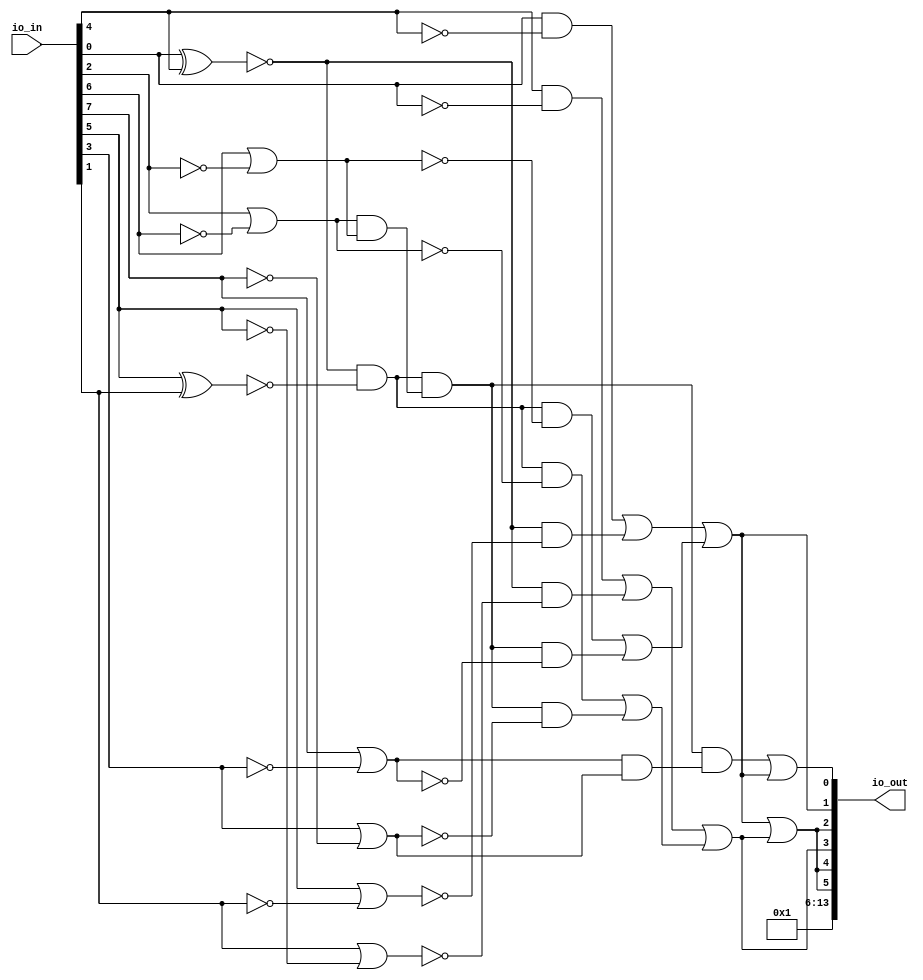
/* Generated by Yosys 0.25+83 (git sha1 755b753e1, aarch64-apple-darwin20.2-clang 10.0.0-4ubuntu1 -fPIC -Os) */

/* top =  1  */
/* src = "d35_ckasuba_comparator/src/wrapper.v:2.9-12.18" */
module d35_ckasuba_comparator(io_in, io_out);
  wire _00_;
  wire _01_;
  wire _02_;
  wire _03_;
  wire _04_;
  wire _05_;
  wire _06_;
  wire _07_;
  wire _08_;
  wire _09_;
  wire _10_;
  wire _11_;
  wire _12_;
  wire _13_;
  wire _14_;
  wire _15_;
  wire _16_;
  wire _17_;
  wire _18_;
  wire _19_;
  wire _20_;
  wire _21_;
  wire _22_;
  wire _23_;
  wire _24_;
  /* src = "d35_ckasuba_comparator/src/wrapper.v:3.26-3.31" */
  input [13:0] io_in;
  wire [13:0] io_in;
  /* src = "d35_ckasuba_comparator/src/wrapper.v:4.27-4.33" */
  output [13:0] io_out;
  wire [13:0] io_out;
  /* hdlname = "mchip and1 b" */
  /* src = "d35_ckasuba_comparator/src/wrapper.v:7.44-10.14|d35_ckasuba_comparator/src/cells.v:18.16-18.17|d35_ckasuba_comparator/src/wokwi.v:78.12-82.4" */
  wire \mchip.and1.b ;
  /* hdlname = "mchip and2 a" */
  /* src = "d35_ckasuba_comparator/src/wrapper.v:7.44-10.14|d35_ckasuba_comparator/src/cells.v:17.16-17.17|d35_ckasuba_comparator/src/wokwi.v:83.12-87.4" */
  wire \mchip.and2.a ;
  /* hdlname = "mchip and3 b" */
  /* src = "d35_ckasuba_comparator/src/wrapper.v:7.44-10.14|d35_ckasuba_comparator/src/cells.v:18.16-18.17|d35_ckasuba_comparator/src/wokwi.v:105.12-109.4" */
  wire \mchip.and3.b ;
  /* hdlname = "mchip and4 a" */
  /* src = "d35_ckasuba_comparator/src/wrapper.v:7.44-10.14|d35_ckasuba_comparator/src/cells.v:17.16-17.17|d35_ckasuba_comparator/src/wokwi.v:110.12-114.4" */
  wire \mchip.and4.a ;
  /* hdlname = "mchip and5 b" */
  /* src = "d35_ckasuba_comparator/src/wrapper.v:7.44-10.14|d35_ckasuba_comparator/src/cells.v:18.16-18.17|d35_ckasuba_comparator/src/wokwi.v:132.12-136.4" */
  wire \mchip.and5.b ;
  /* hdlname = "mchip and6 a" */
  /* src = "d35_ckasuba_comparator/src/wrapper.v:7.44-10.14|d35_ckasuba_comparator/src/cells.v:17.16-17.17|d35_ckasuba_comparator/src/wokwi.v:137.12-141.4" */
  wire \mchip.and6.a ;
  /* hdlname = "mchip and7 b" */
  /* src = "d35_ckasuba_comparator/src/wrapper.v:7.44-10.14|d35_ckasuba_comparator/src/cells.v:18.16-18.17|d35_ckasuba_comparator/src/wokwi.v:159.12-163.4" */
  wire \mchip.and7.b ;
  /* hdlname = "mchip and8 a" */
  /* src = "d35_ckasuba_comparator/src/wrapper.v:7.44-10.14|d35_ckasuba_comparator/src/cells.v:17.16-17.17|d35_ckasuba_comparator/src/wokwi.v:164.12-168.4" */
  wire \mchip.and8.a ;
  /* hdlname = "mchip io_in" */
  /* src = "d35_ckasuba_comparator/src/wrapper.v:7.44-10.14|d35_ckasuba_comparator/src/wokwi.v:6.15-6.20" */
  wire [7:0] \mchip.io_in ;
  /* hdlname = "mchip io_out" */
  /* src = "d35_ckasuba_comparator/src/wrapper.v:7.44-10.14|d35_ckasuba_comparator/src/wokwi.v:7.16-7.22" */
  wire [7:0] \mchip.io_out ;
  /* hdlname = "mchip net1" */
  /* src = "d35_ckasuba_comparator/src/wrapper.v:7.44-10.14|d35_ckasuba_comparator/src/wokwi.v:9.8-9.12" */
  wire \mchip.net1 ;
  /* hdlname = "mchip net10" */
  /* src = "d35_ckasuba_comparator/src/wrapper.v:7.44-10.14|d35_ckasuba_comparator/src/wokwi.v:18.8-18.13" */
  wire \mchip.net10 ;
  /* hdlname = "mchip net11" */
  /* src = "d35_ckasuba_comparator/src/wrapper.v:7.44-10.14|d35_ckasuba_comparator/src/wokwi.v:19.8-19.13" */
  wire \mchip.net11 ;
  /* hdlname = "mchip net12" */
  /* src = "d35_ckasuba_comparator/src/wrapper.v:7.44-10.14|d35_ckasuba_comparator/src/wokwi.v:20.8-20.13" */
  wire \mchip.net12 ;
  /* hdlname = "mchip net13" */
  /* src = "d35_ckasuba_comparator/src/wrapper.v:7.44-10.14|d35_ckasuba_comparator/src/wokwi.v:21.8-21.13" */
  wire \mchip.net13 ;
  /* hdlname = "mchip net14" */
  /* src = "d35_ckasuba_comparator/src/wrapper.v:7.44-10.14|d35_ckasuba_comparator/src/wokwi.v:22.8-22.13" */
  wire \mchip.net14 ;
  /* hdlname = "mchip net15" */
  /* src = "d35_ckasuba_comparator/src/wrapper.v:7.44-10.14|d35_ckasuba_comparator/src/wokwi.v:23.8-23.13" */
  wire \mchip.net15 ;
  /* hdlname = "mchip net2" */
  /* src = "d35_ckasuba_comparator/src/wrapper.v:7.44-10.14|d35_ckasuba_comparator/src/wokwi.v:10.8-10.12" */
  wire \mchip.net2 ;
  /* hdlname = "mchip net3" */
  /* src = "d35_ckasuba_comparator/src/wrapper.v:7.44-10.14|d35_ckasuba_comparator/src/wokwi.v:11.8-11.12" */
  wire \mchip.net3 ;
  /* hdlname = "mchip net4" */
  /* src = "d35_ckasuba_comparator/src/wrapper.v:7.44-10.14|d35_ckasuba_comparator/src/wokwi.v:12.8-12.12" */
  wire \mchip.net4 ;
  /* hdlname = "mchip net5" */
  /* src = "d35_ckasuba_comparator/src/wrapper.v:7.44-10.14|d35_ckasuba_comparator/src/wokwi.v:13.8-13.12" */
  wire \mchip.net5 ;
  /* hdlname = "mchip net6" */
  /* src = "d35_ckasuba_comparator/src/wrapper.v:7.44-10.14|d35_ckasuba_comparator/src/wokwi.v:14.8-14.12" */
  wire \mchip.net6 ;
  /* hdlname = "mchip net7" */
  /* src = "d35_ckasuba_comparator/src/wrapper.v:7.44-10.14|d35_ckasuba_comparator/src/wokwi.v:15.8-15.12" */
  wire \mchip.net7 ;
  /* hdlname = "mchip net8" */
  /* src = "d35_ckasuba_comparator/src/wrapper.v:7.44-10.14|d35_ckasuba_comparator/src/wokwi.v:16.8-16.12" */
  wire \mchip.net8 ;
  /* hdlname = "mchip net9" */
  /* src = "d35_ckasuba_comparator/src/wrapper.v:7.44-10.14|d35_ckasuba_comparator/src/wokwi.v:17.8-17.12" */
  wire \mchip.net9 ;
  /* hdlname = "mchip not1 in" */
  /* src = "d35_ckasuba_comparator/src/wrapper.v:7.44-10.14|d35_ckasuba_comparator/src/cells.v:53.16-53.18|d35_ckasuba_comparator/src/wokwi.v:70.12-73.4" */
  wire \mchip.not1.in ;
  /* hdlname = "mchip not10 in" */
  /* src = "d35_ckasuba_comparator/src/wrapper.v:7.44-10.14|d35_ckasuba_comparator/src/cells.v:53.16-53.18|d35_ckasuba_comparator/src/wokwi.v:151.12-154.4" */
  wire \mchip.not10.in ;
  /* hdlname = "mchip not11 in" */
  /* src = "d35_ckasuba_comparator/src/wrapper.v:7.44-10.14|d35_ckasuba_comparator/src/cells.v:53.16-53.18|d35_ckasuba_comparator/src/wokwi.v:155.12-158.4" */
  wire \mchip.not11.in ;
  /* hdlname = "mchip not2 in" */
  /* src = "d35_ckasuba_comparator/src/wrapper.v:7.44-10.14|d35_ckasuba_comparator/src/cells.v:53.16-53.18|d35_ckasuba_comparator/src/wokwi.v:74.12-77.4" */
  wire \mchip.not2.in ;
  /* hdlname = "mchip not4 in" */
  /* src = "d35_ckasuba_comparator/src/wrapper.v:7.44-10.14|d35_ckasuba_comparator/src/cells.v:53.16-53.18|d35_ckasuba_comparator/src/wokwi.v:97.12-100.4" */
  wire \mchip.not4.in ;
  /* hdlname = "mchip not5 in" */
  /* src = "d35_ckasuba_comparator/src/wrapper.v:7.44-10.14|d35_ckasuba_comparator/src/cells.v:53.16-53.18|d35_ckasuba_comparator/src/wokwi.v:101.12-104.4" */
  wire \mchip.not5.in ;
  /* hdlname = "mchip not7 in" */
  /* src = "d35_ckasuba_comparator/src/wrapper.v:7.44-10.14|d35_ckasuba_comparator/src/cells.v:53.16-53.18|d35_ckasuba_comparator/src/wokwi.v:124.12-127.4" */
  wire \mchip.not7.in ;
  /* hdlname = "mchip not8 in" */
  /* src = "d35_ckasuba_comparator/src/wrapper.v:7.44-10.14|d35_ckasuba_comparator/src/cells.v:53.16-53.18|d35_ckasuba_comparator/src/wokwi.v:128.12-131.4" */
  wire \mchip.not8.in ;
  /* hdlname = "mchip or10 out" */
  /* src = "d35_ckasuba_comparator/src/wrapper.v:7.44-10.14|d35_ckasuba_comparator/src/cells.v:28.17-28.20|d35_ckasuba_comparator/src/wokwi.v:248.11-252.4" */
  wire \mchip.or10.out ;
  /* hdlname = "mchip or11 a" */
  /* src = "d35_ckasuba_comparator/src/wrapper.v:7.44-10.14|d35_ckasuba_comparator/src/cells.v:26.16-26.17|d35_ckasuba_comparator/src/wokwi.v:253.11-257.4" */
  wire \mchip.or11.a ;
  /* hdlname = "mchip or11 out" */
  /* src = "d35_ckasuba_comparator/src/wrapper.v:7.44-10.14|d35_ckasuba_comparator/src/cells.v:28.17-28.20|d35_ckasuba_comparator/src/wokwi.v:253.11-257.4" */
  wire \mchip.or11.out ;
  /* hdlname = "mchip or12 a" */
  /* src = "d35_ckasuba_comparator/src/wrapper.v:7.44-10.14|d35_ckasuba_comparator/src/cells.v:26.16-26.17|d35_ckasuba_comparator/src/wokwi.v:258.11-262.4" */
  wire \mchip.or12.a ;
  /* hdlname = "mchip or12 b" */
  /* src = "d35_ckasuba_comparator/src/wrapper.v:7.44-10.14|d35_ckasuba_comparator/src/cells.v:27.16-27.17|d35_ckasuba_comparator/src/wokwi.v:258.11-262.4" */
  wire \mchip.or12.b ;
  /* hdlname = "mchip or12 out" */
  /* src = "d35_ckasuba_comparator/src/wrapper.v:7.44-10.14|d35_ckasuba_comparator/src/cells.v:28.17-28.20|d35_ckasuba_comparator/src/wokwi.v:258.11-262.4" */
  wire \mchip.or12.out ;
  /* hdlname = "mchip or7 out" */
  /* src = "d35_ckasuba_comparator/src/wrapper.v:7.44-10.14|d35_ckasuba_comparator/src/cells.v:28.17-28.20|d35_ckasuba_comparator/src/wokwi.v:233.11-237.4" */
  wire \mchip.or7.out ;
  assign _00_ = ~(io_in[0] ^ io_in[4]);
  assign _01_ = io_in[5] ^ io_in[1];
  assign _02_ = _00_ & ~(_01_);
  assign _03_ = io_in[6] | ~(io_in[2]);
  assign _04_ = io_in[2] | ~(io_in[6]);
  assign _05_ = ~(_04_ & _03_);
  assign _06_ = _02_ & ~(_05_);
  assign _07_ = io_in[3] | ~(io_in[7]);
  assign _08_ = _06_ & ~(_07_);
  assign _09_ = _02_ & ~(_04_);
  assign _10_ = _09_ | _08_;
  assign _11_ = io_in[1] | ~(io_in[5]);
  assign _12_ = _00_ & ~(_11_);
  assign _13_ = io_in[4] & ~(io_in[0]);
  assign _14_ = _13_ | _12_;
  assign \mchip.net12  = _14_ | _10_;
  assign _15_ = io_in[7] | ~(io_in[3]);
  assign _16_ = _06_ & ~(_15_);
  assign _17_ = _02_ & ~(_03_);
  assign _18_ = _17_ | _16_;
  assign _19_ = io_in[5] | ~(io_in[1]);
  assign _20_ = _00_ & ~(_19_);
  assign _21_ = io_in[0] & ~(io_in[4]);
  assign _22_ = _21_ | _20_;
  assign \mchip.net10  = _22_ | _18_;
  assign \mchip.net11  = \mchip.net10  | \mchip.net12 ;
  assign _23_ = ~(_15_ & _07_);
  assign _24_ = _06_ & ~(_23_);
  assign \mchip.net9  = _24_ | \mchip.net10 ;
  assign io_out = { 8'h01, \mchip.net11 , \mchip.net11 , \mchip.net12 , \mchip.net11 , \mchip.net10 , \mchip.net9  };
  assign \mchip.and1.b  = io_in[4];
  assign \mchip.and2.a  = io_in[0];
  assign \mchip.and3.b  = io_in[5];
  assign \mchip.and4.a  = io_in[1];
  assign \mchip.and5.b  = io_in[6];
  assign \mchip.and6.a  = io_in[2];
  assign \mchip.and7.b  = io_in[7];
  assign \mchip.and8.a  = io_in[3];
  assign \mchip.io_in  = io_in[7:0];
  assign \mchip.io_out  = { 2'h1, \mchip.net11 , \mchip.net11 , \mchip.net12 , \mchip.net11 , \mchip.net10 , \mchip.net9  };
  assign \mchip.net1  = io_in[0];
  assign \mchip.net13  = 1'h1;
  assign \mchip.net14  = 1'h0;
  assign \mchip.net15  = 1'h1;
  assign \mchip.net2  = io_in[1];
  assign \mchip.net3  = io_in[2];
  assign \mchip.net4  = io_in[3];
  assign \mchip.net5  = io_in[4];
  assign \mchip.net6  = io_in[5];
  assign \mchip.net7  = io_in[6];
  assign \mchip.net8  = io_in[7];
  assign \mchip.not1.in  = io_in[0];
  assign \mchip.not10.in  = io_in[3];
  assign \mchip.not11.in  = io_in[7];
  assign \mchip.not2.in  = io_in[4];
  assign \mchip.not4.in  = io_in[1];
  assign \mchip.not5.in  = io_in[5];
  assign \mchip.not7.in  = io_in[2];
  assign \mchip.not8.in  = io_in[6];
  assign \mchip.or10.out  = \mchip.net10 ;
  assign \mchip.or11.a  = \mchip.net10 ;
  assign \mchip.or11.out  = \mchip.net9 ;
  assign \mchip.or12.a  = \mchip.net12 ;
  assign \mchip.or12.b  = \mchip.net10 ;
  assign \mchip.or12.out  = \mchip.net11 ;
  assign \mchip.or7.out  = \mchip.net12 ;
endmodule